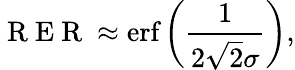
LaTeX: \mathrm{~R~E~R~}\approx\textup{erf}\left(\frac{1}{2\sqrt{2}\sigma}\right),